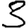
Digit: 3